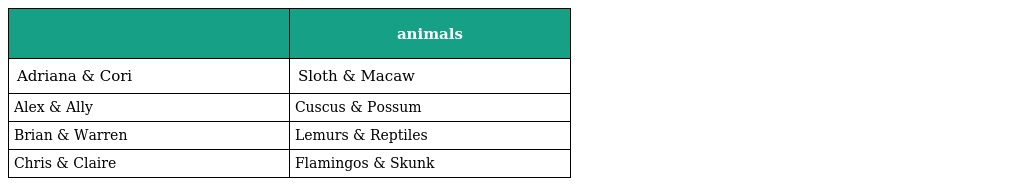
|  | animals |
 | --- | --- |
 | Adriana & Cori | Sloth & Macaw |
 | Alex & Ally | Cuscus & Possum |
 | Brian & Warren | Lemurs & Reptiles |
 | Chris & Claire | Flamingos & Skunk |